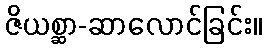
ဇိယစ္ဆာ-ဆာလောင်ခြင်း။